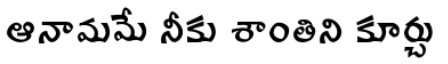
ఆనామమే నీకు శాంతిని కూర్చు